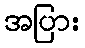
အပြား